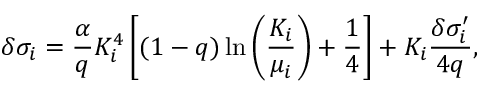
\delta \sigma _ { i } = { \frac { \alpha } { q } } K _ { i } ^ { 4 } \left[ ( 1 - q ) \ln \left( { \frac { K _ { i } } { \mu _ { i } } } \right) + { \frac { 1 } { 4 } } \right] + K _ { i } { \frac { \delta \sigma _ { i } ^ { \prime } } { 4 q } } ,